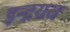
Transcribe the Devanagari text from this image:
इन्द्रयव